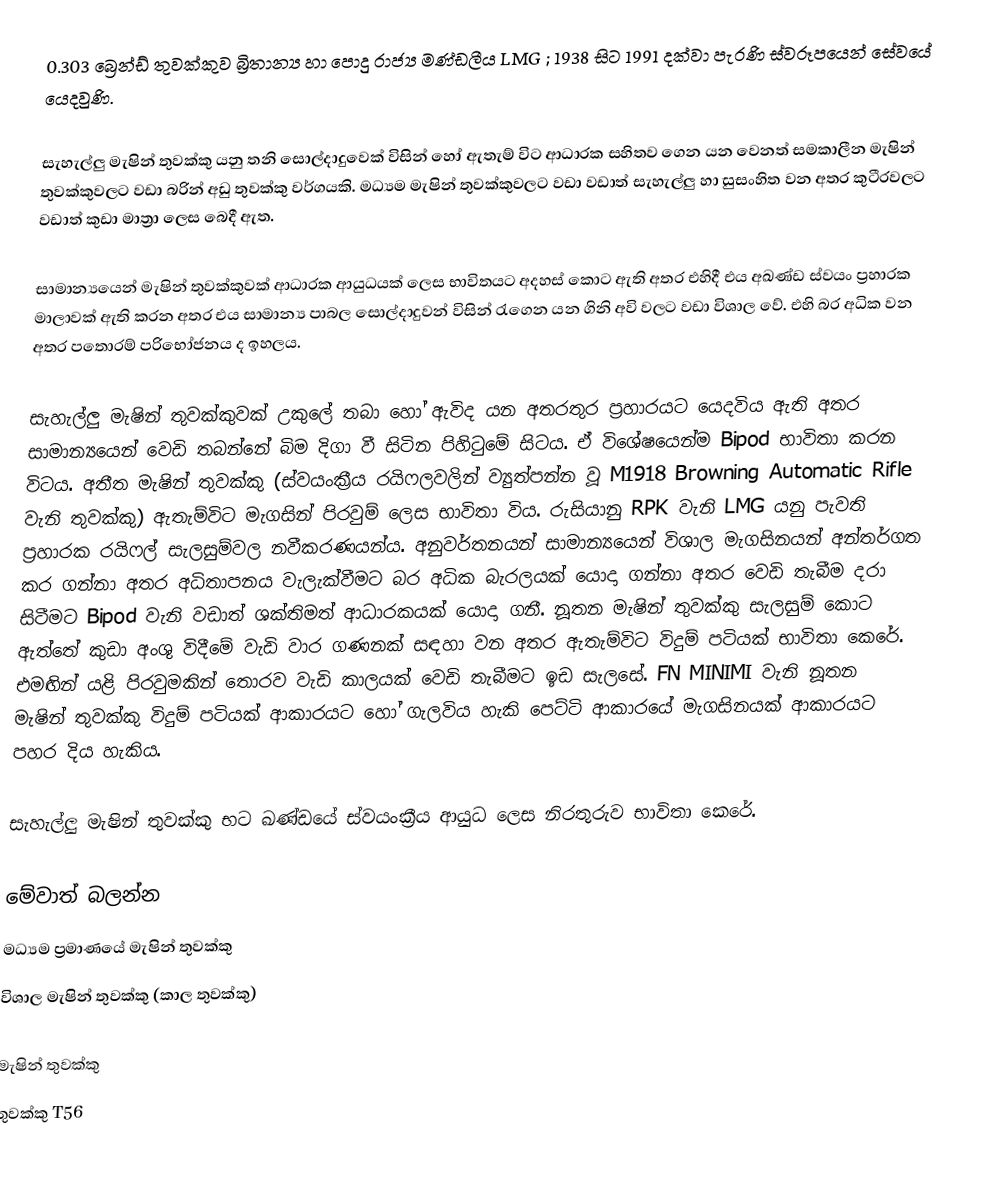
0.303 බ්‍රෙන්ඩ් තුවක්කුව බ්‍රිතාන්‍ය හා පොදු රාජ්‍ය මණ්ඩලීය LMG ; 1938 සිට 1991 දක්වා පැරණි ස්වරූපයෙන් සේවයේ යෙදවුණි.

සැහැල්ලු මැෂින් තුවක්කු යනු තනි සොල්දාදුවෙක් ‍විසින් හෝ ඇතැම් විට ආධාරක සහිතව ගෙන යන වෙනත් සමකාලීන මැෂින් තුවක්කුවලට වඩා බරින් අඩු තුවක්කු වර්ගයකි. මධ්‍යම මැෂින් තුවක්කුවලට වඩා වඩාත් සැහැල්ලු හා සුසංහිත වන අතර කුටීරවලට වඩාත් කුඩා මාත්‍රා ලෙස බෙදී ඇත.

සාමාන්‍යයෙන් මැෂින් තුවක්කුවක් ආධාරක ආයුධයක් ලෙස භාවිතයට අදහස් කොට ඇති අතර එහිදී එය අඛණ්ඩ ස්වයං ප්‍රහාරක මාලාවක් ඇති කරන අතර එය සාමාන්‍ය පාබල සොල්දාදුවන් විසින් රැගෙන යන ගිනි අවි වලට වඩා විශාල වේ. එහි බර අධික වන අතර පතොරම් පරිභෝජනය ද ඉහලය.

සැහැල්ලු මැෂින් තුවක්කුවක් උකුලේ තබා හෝ ඇවිද යන අතරතුර ප්‍රහාරයට යෙදවිය ඇති අතර සාමාන්‍යයෙන් වෙඩි තබන්නේ බිම දිගා වී සිටින පිහිටුමේ සිටය. ඒ විශේෂයෙන්ම Bipod භාවිතා කරන විටය. අතීත මැෂින් තුවක්කු (ස්වයංක්‍රීය රයිෆලවලින් ව්‍යුත්පන්න වූ M1918 Browning Automatic Rifle වැනි තුවක්කු) ඇතැම්විට මැගසින් පිරවුම් ලෙස භාවිතා විය. රුසියානු RPK වැනි LMG යනු පැවති ප්‍රහාරක රයිෆල් සැලසුම්වල නවීකරණයන්ය. අනුවර්තනයන් සාමාන්‍යයෙන් විශාල මැගසිනයන් අන්තර්ගත කර ගන්නා අතර අධිතාපනය වැලැක්වීමට බර අධික බැරලයක් යොදා ගන්නා අතර වෙඩි තැබීම දරා සිටීමට Bipod වැනි වඩාත් ශක්තිමත් ආධාරකයක් යොදා ගනී. නූතන මැෂින් තුවක්කු සැලසුම් කොට ඇත්තේ කුඩා අංශු විදීමේ වැඩි වාර ගණනක් සඳහා වන අතර ඇතැම්විට විදුම් පටියක් භාවිතා කෙරේ. එමඟින් යළි පිරවුමකින් තොරව වැඩි කාලයක් වෙඩි තැබීමට ඉඩ සැලසේ. FN MINIMI වැනි නූතන මැෂින් තුවක්කු විදුම් පටියක් ආකාරයට හෝ ගැලවිය හැකි පෙට්ටි ආකාරයේ මැගසිනයක් ආකාරයට පහර දිය හැකිය.

සැහැල්ලු මැෂින් තුවක්කු භට ඛණ්ඩයේ ස්වයංක්‍රීය ආයුධ ලෙස නිරතුරුව භාවිතා කෙරේ.

මේවාත් බලන්න
මධ්‍යම ප්‍රමාණයේ මැෂින් තුවක්කු
විශාල මැෂින් තුවක්කු (කාල තුවක්කු)

මැෂින් තුවක්කු
තුවක්කු T56